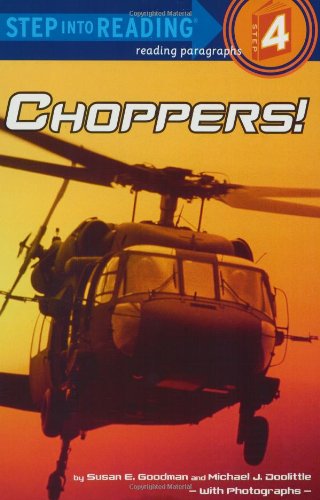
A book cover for Choppers! (Step into Reading); Susan E. Goodman; Children's Books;